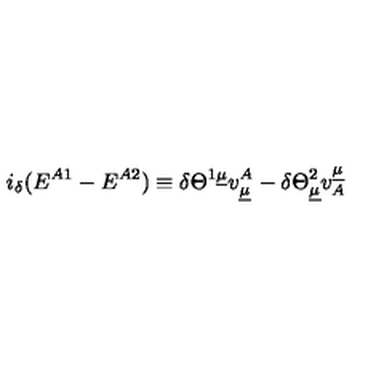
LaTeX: i _ { \delta } ( E ^ { A 1 } - E ^ { A 2 } ) \equiv \delta { \Theta } ^ { 1 \underline { { \mu } } } v _ { \underline { { \mu } } } ^ { A } - \delta { \Theta } _ { \underline { { \mu } } } ^ { 2 } v _ { A } ^ { \underline { { \mu } } }